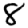
Digit: 8